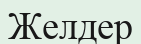
Желдер